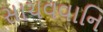
સાચવવાનિ